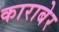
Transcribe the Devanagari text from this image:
काराबेर